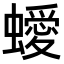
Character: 𧓁